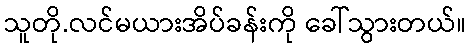
သူတို.လင်မယားအိပ်ခန်းကို ခေါ်သွားတယ်။